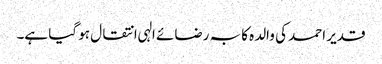
قدیر احمد کی والدہ کا بہ رضائے الہی انتقال ہو گیا ہے۔